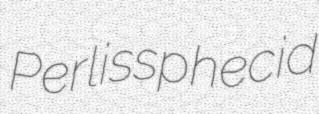
Perlis sphecid